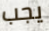
يجب